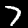
Digit: 7